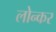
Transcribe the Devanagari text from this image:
लोन्कर